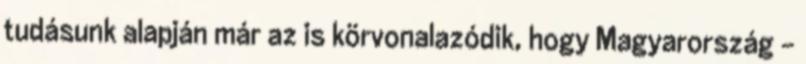
tudásunk alapján már az is körvonalazódik, hogy Magyarország –